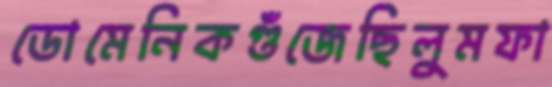
ডোমেনিকগুঁজেছিলুমফা